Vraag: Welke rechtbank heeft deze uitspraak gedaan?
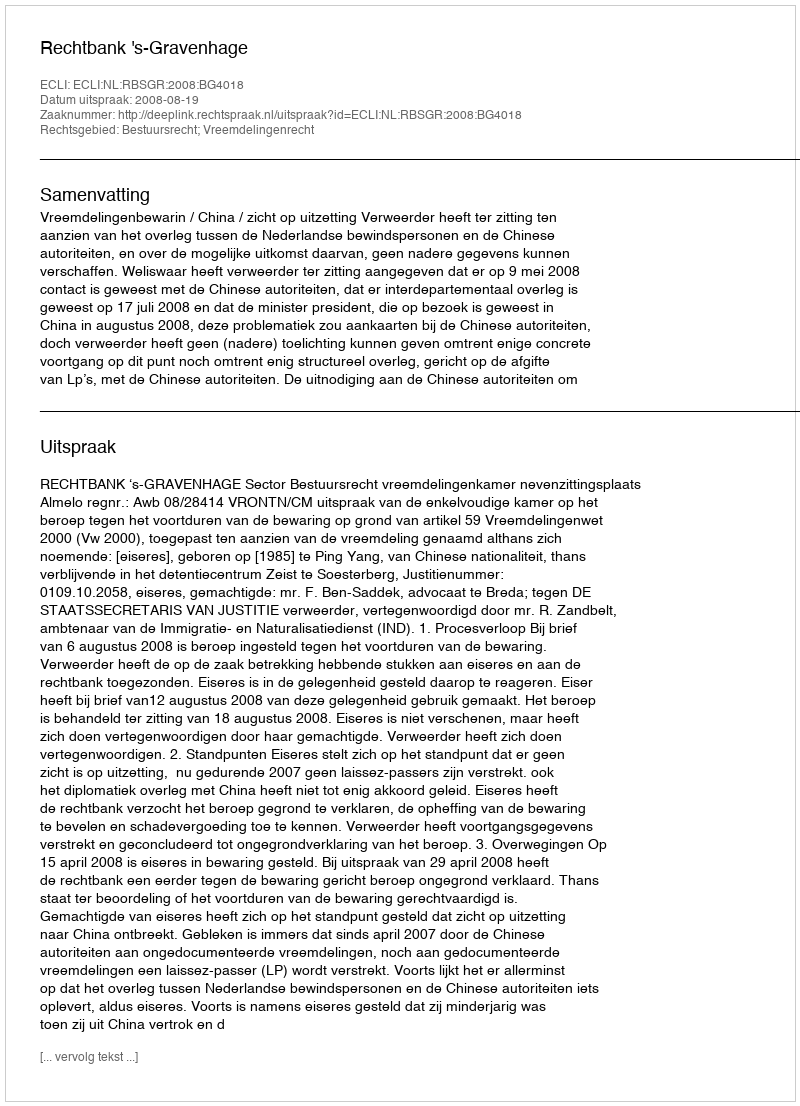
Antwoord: Rechtbank 's-Gravenhage